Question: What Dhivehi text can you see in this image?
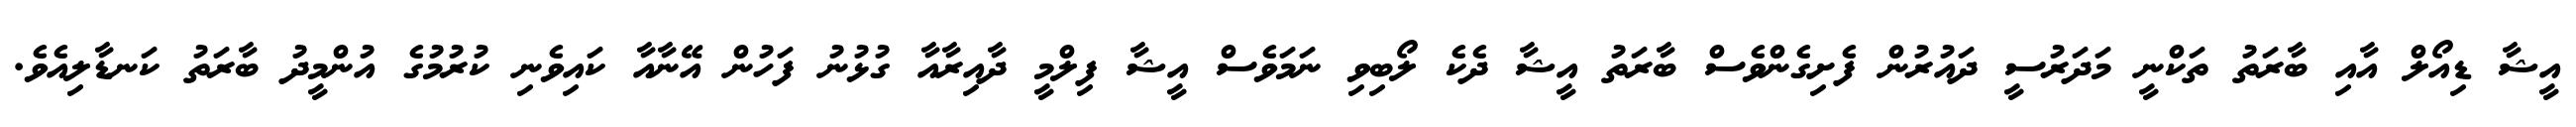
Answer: އީޝާ ޑިއޯލް އާއި ބާރަތު ތަކްނީ މަދަރުސީ ދައުރުން ފެށިގެންވެސް ބާރަތު އީޝާ ދެކެ ލޯބިވި ނަމަވެސް އީޝާ ފިލްމީ ދާއިރާއާ ގުޅުނު ފަހުން އޭނާއާ ކައިވެނި ކުރުމުގެ އުންމީދު ބާރަތު ކަނޑާލިއެވެ.